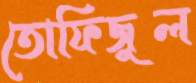
তোফিজুল